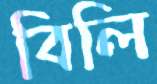
বিলি